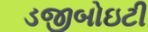
ડજીબોઇટી